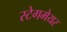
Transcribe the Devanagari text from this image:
स्टेगमेयर